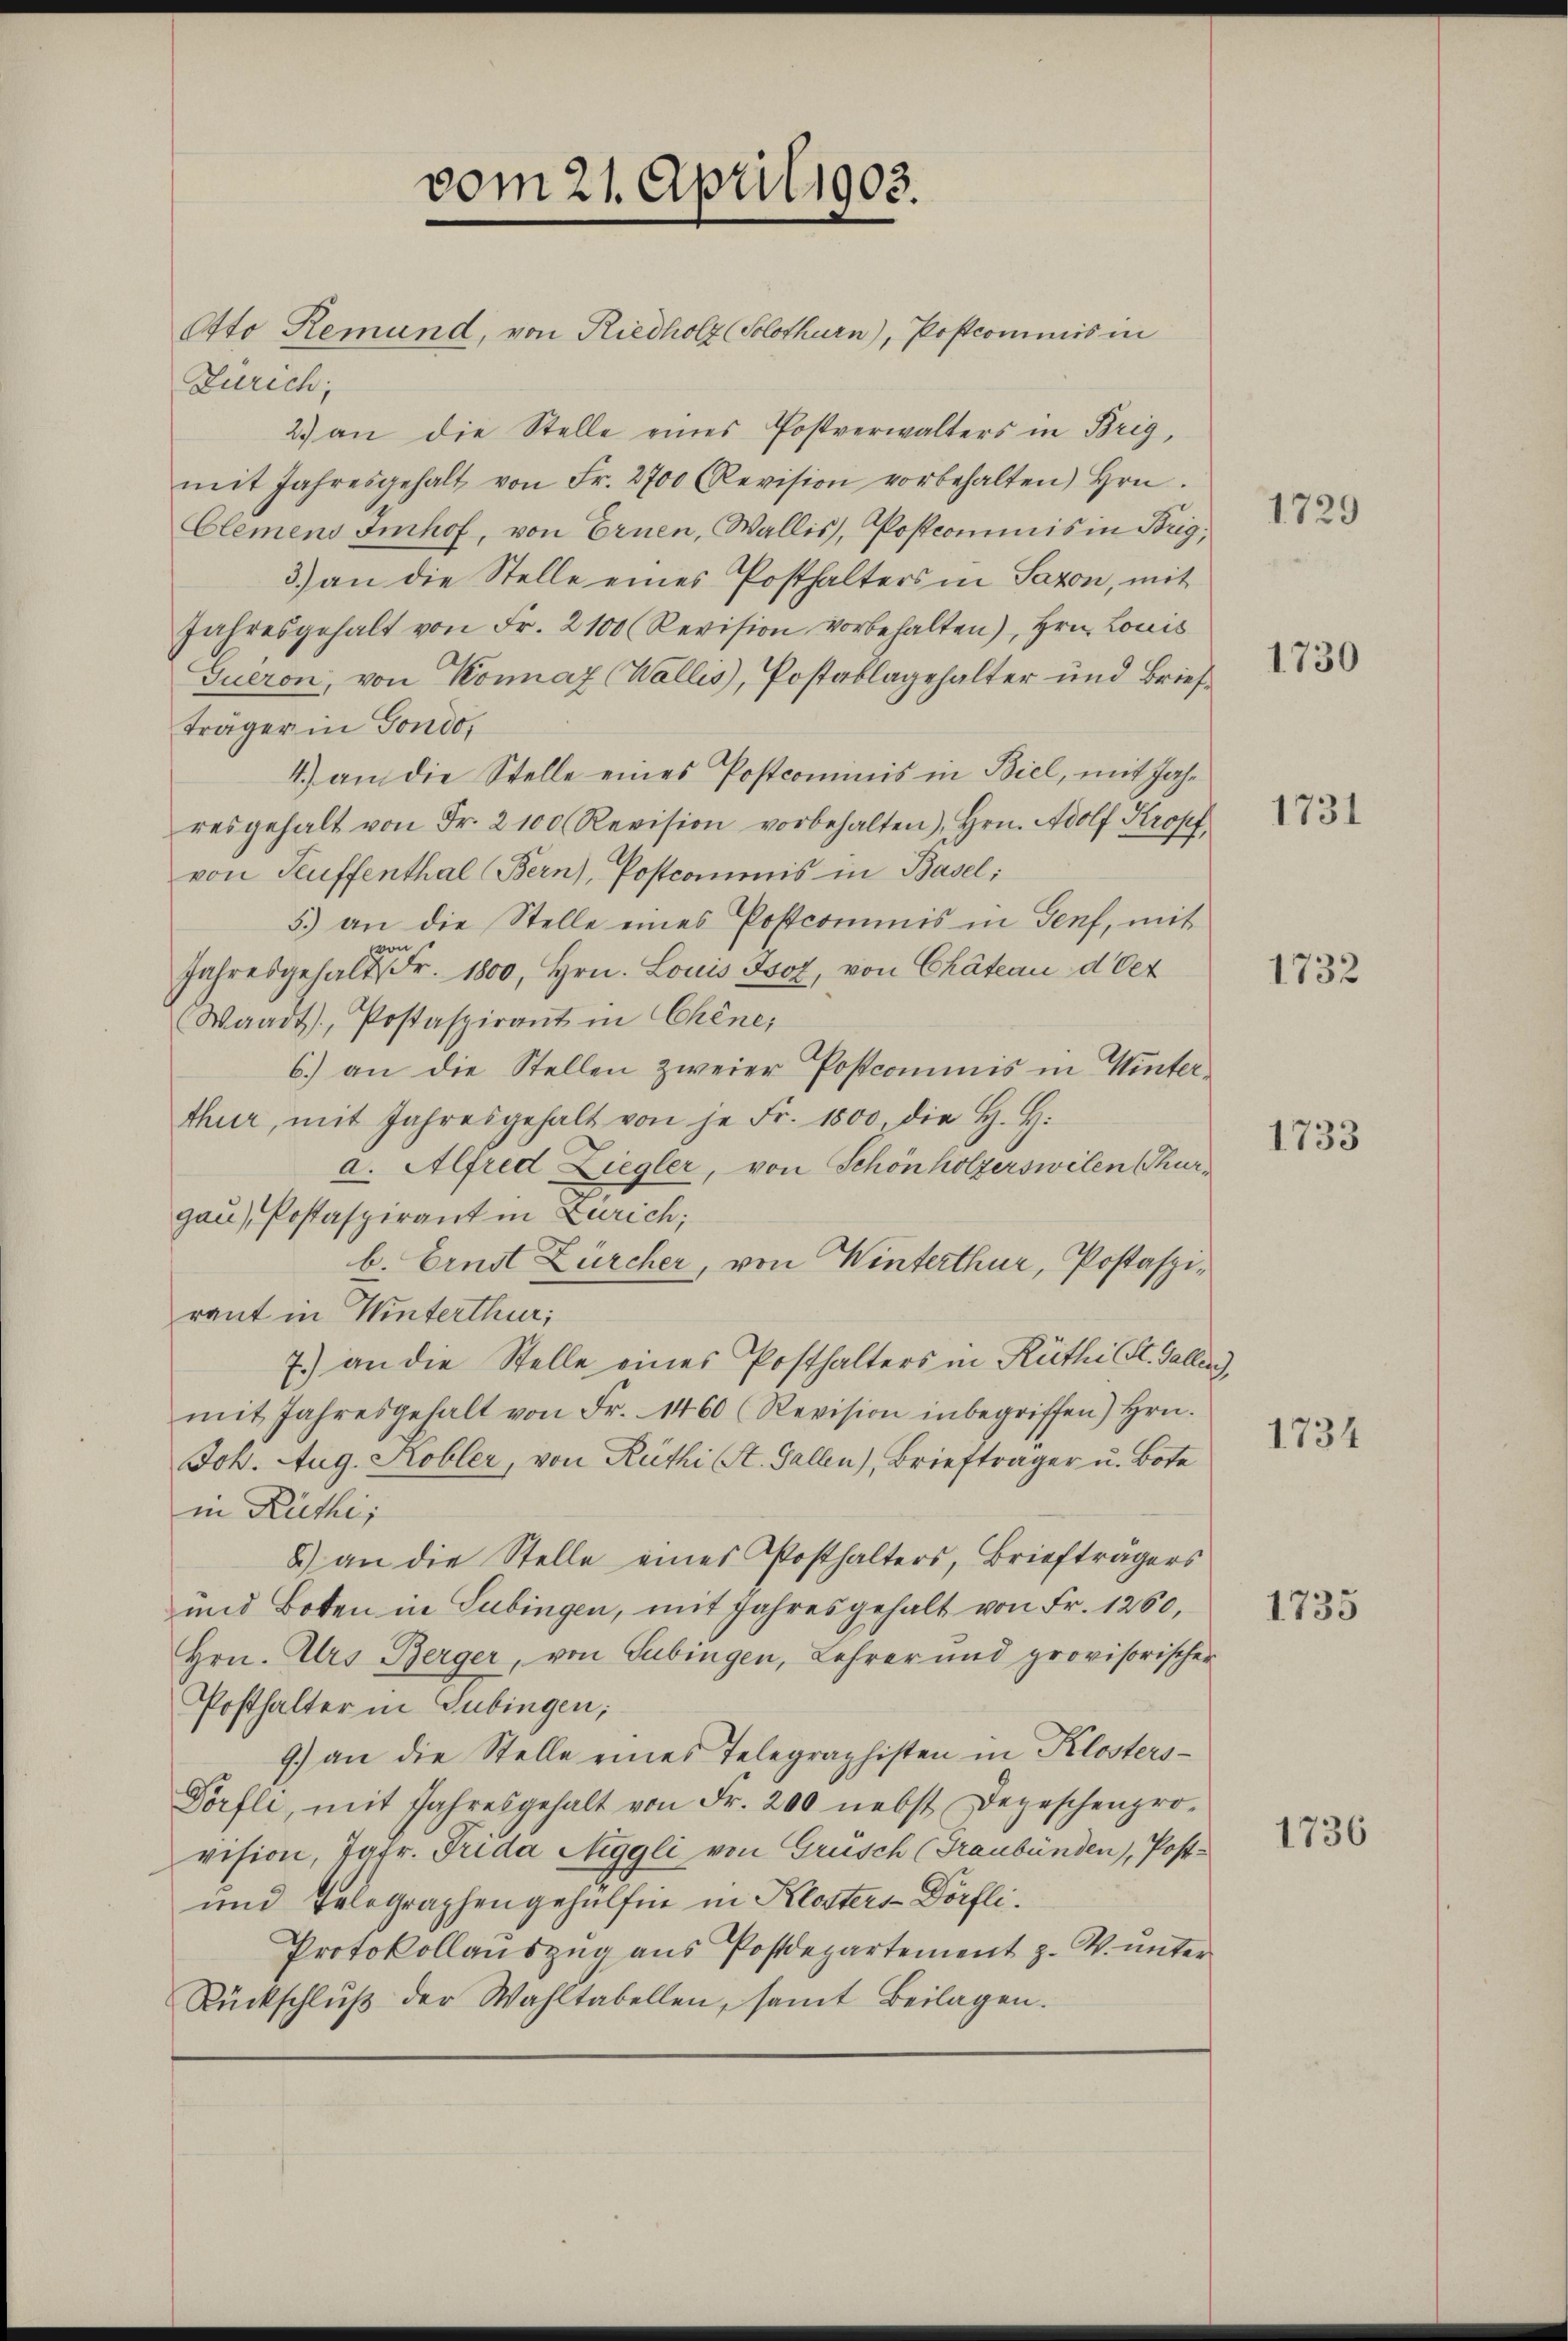
vom 21. April 1903.
Otto Remund, von Riedholz (Solothurn), Postcommis in

Zürich,
2.) an die Stelle eines Postverwalters in Brig,
mit Jahresgehalt von Fr. 2700 (Revision vorbehalten Hrn.
Clemens Imhof, von Ernen, Wallis, Postcommis in Brig,
3.) an die Stelle eines Posthalters in Saxon, mit
Jahresgehalt von Fr. 2100 (Revision vorbehalten), Hrn. Louis
Tueron, von Konnaz (Wallis, Postablagehalter und Brief
träger in Gondo,
4.) an die Stelle eines Postcommis in Biel, mit Jahr
resgehalt von Fr. 2100 Revision vorbehalten), Hrn. Adolf Kropf
von Teuffenthal Bern), Postcommis in Basel:
5) an die Stelle eines Postcommis in Genf, mit
po¬
Jahresgehalt Fr. 1800, Hrn. Louis Isoz, von Chateau der
Waadt, Postaspirant in Chine,
6.) an die Stellen zweier Postcommis in Winterthur, mit Jahresgehalt von je Fr. 1500, die H. H.
a. Alfred Ziegler, von Schönholzerswilen Thurgau), Postaspirant in Zürich;
b. Ernst Zürcher, von Winterthur, Postaspiraut in Winterthur;
7.) an die Stelle eines Posthalters in Rüthi St. Gallen
mit Jahresgehalt von Fr. 1460 (Revision inbegriffen) Hrn.
Joh. Aug. Kobler, von Rüthi St. Gallen), Briefträger u. Bote
in Rüthi
8) an die Stelle eines Posthalters, Briefträgers
und Boten in Subingen, mit Jahres gehalt von Fr. 1260,
Hrn. Urs Berger, von Tübingen, Lehrer und provisorischen
Posthalter in Gubingen;
9) an die Stelle eines Telegraphisten in Klosters-
Dörfli, mit Jahresgehalt von Fr. 200 nebst Depeschenpro-
vision, Tatr. Frida Niggli von Grusch (Graubünden), Post¬
und Telegraphengehülfen in Klosters-Dörfli¬
Protokollaŭszŭg aŭs Postdepartement z. W. ŭnter
Rückschlŭβ der Wahltabellen, samt Beilagen.

1729

1730

1731

1732

1733

1734

1735

1736